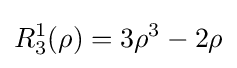
R_{3}^{1}(\rho )=3\rho ^{3}-2\rho